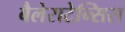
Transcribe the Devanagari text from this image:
बैलेराटेन्सिस